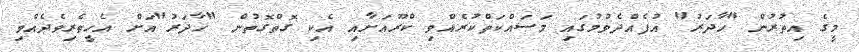
މީގެ އިތުރުން "ހާދަރު" އުފެއްދެވުމުގައި މަސައްކަތްކުރެއްވި ކްރޫއަށާއި އެކި ގޮތްގޮތުން "ހާދަރު"އަށް އެހީތެރިވެދެއްވި